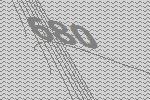
680